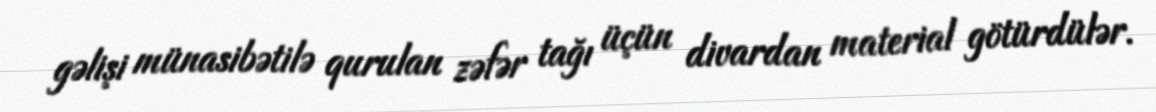
gəlişi münasibətilə qurulan zəfər tağı üçün divardan material götürdülər.